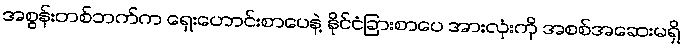
အစွန်းတစ်ဘက်က ရှေးဟောင်းစာပေနဲ့ နိုင်ငံခြားစာပေ အားလုံးကို အစစ်အဆေးမရှိ